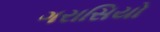
ગરાસિયો